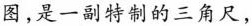
图，是一副特制的三角尺，